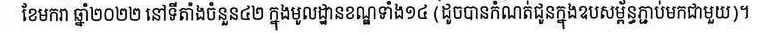
ខែមករា ឆ្នាំ២០២២ នៅទីតាំងចំនួន៤២ ក្នុងមូលដ្ឋានខណ្ឌទាំង១៤ (ដូចបានកំណត់ជូនក្នុងឧបសម្ព័ន្ធភ្ជាប់មកជាមួួយ)។